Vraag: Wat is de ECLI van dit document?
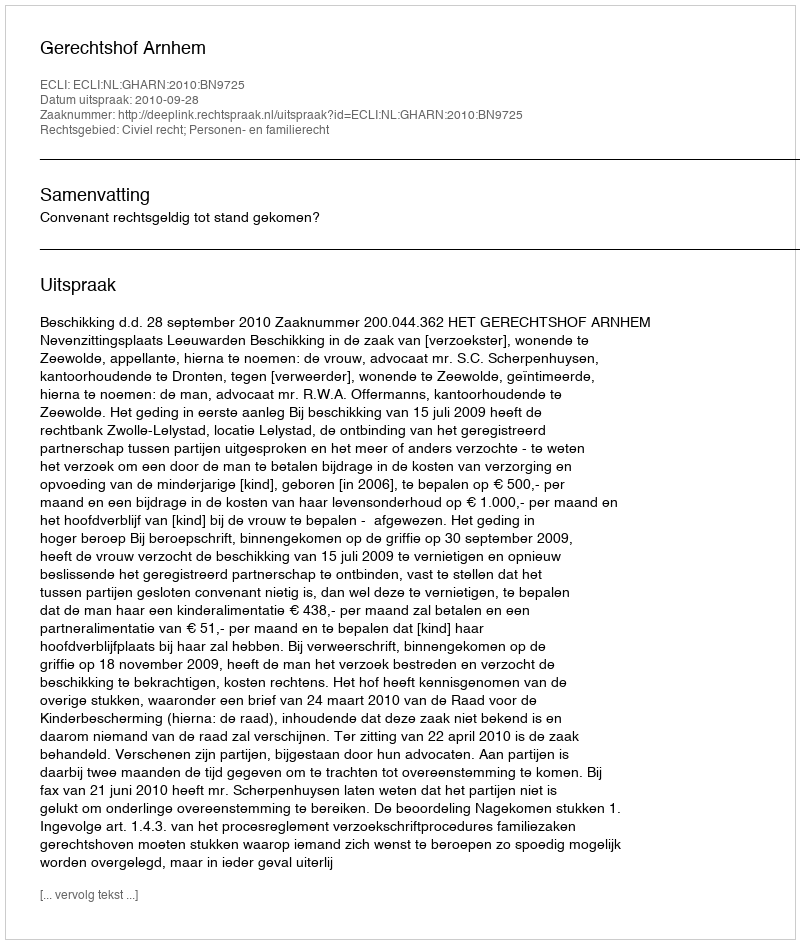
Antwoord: ECLI:NL:GHARN:2010:BN9725